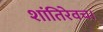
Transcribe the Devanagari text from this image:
शांतिरेवच।